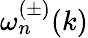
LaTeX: \omega_{n}^{(\pm)}(k)